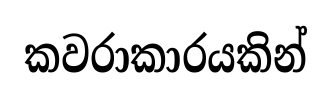
කවරාකාරයකින්